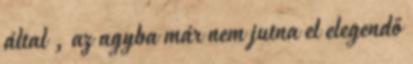
által , az agyba már nem jutna el elegendő